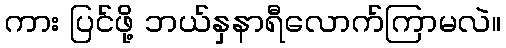
ကား ပြင်ဖို့ ဘယ်နှနာရီလောက်ကြာမလဲ။